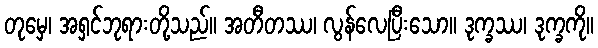
တုမှေ၊ အရှင်ဘုရားတို့သည်။ အတီတဿ၊ လွန်လေပြီးသော။ ဒုက္ခဿ၊ ဒုက္ခကို။